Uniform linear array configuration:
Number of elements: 4
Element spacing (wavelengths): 1
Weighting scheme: uniform
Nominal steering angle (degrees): -30
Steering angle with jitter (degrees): -31.174
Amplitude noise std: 0.05
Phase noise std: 0.05

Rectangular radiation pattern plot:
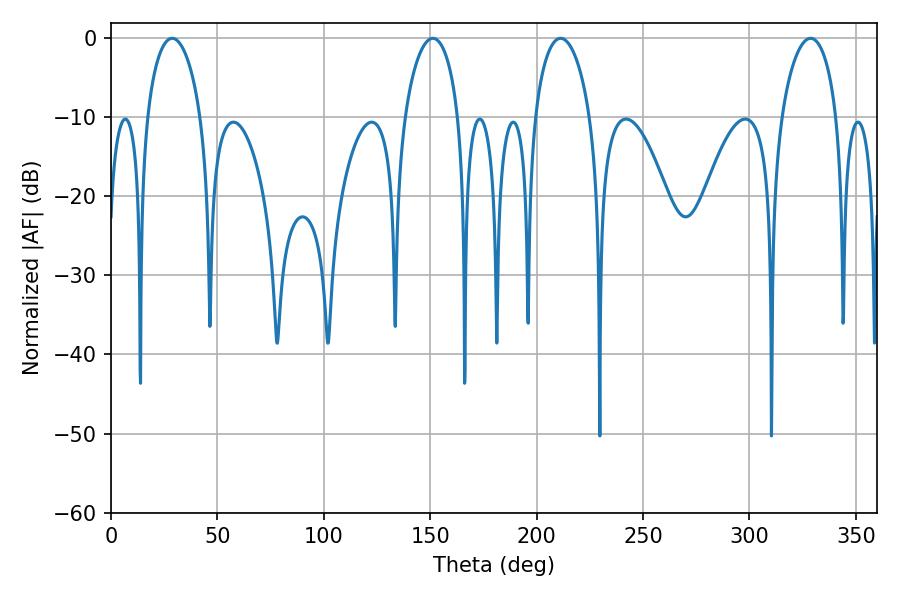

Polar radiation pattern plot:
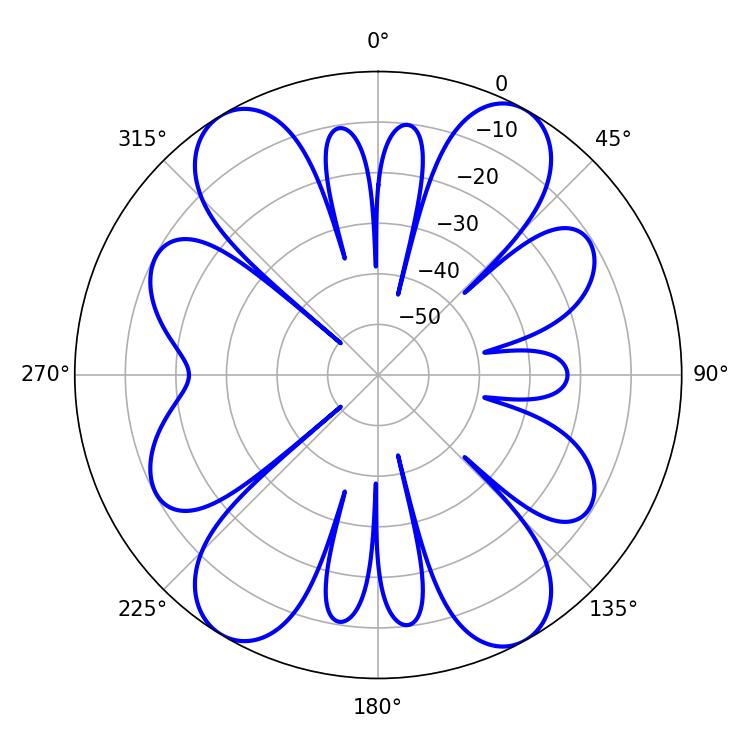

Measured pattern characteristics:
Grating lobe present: TRUE
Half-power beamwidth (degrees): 14.58
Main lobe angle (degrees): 28.8